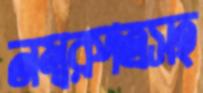
নম্বরপত্রসহ